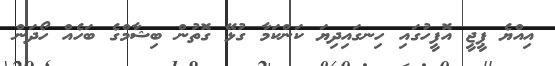
އިއްޔެ ޕީޖީ އޮފީހުގައި ހިނގައިދިޔަ ކަންކަމާ ގުޅޭ ގޮތުން ބިޝާމްގެ ބަހެއް ހޯދަން